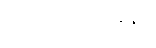
ဧရာဝတီတိုင်းနှင့်